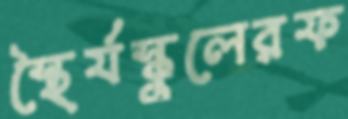
স্থৈর্যস্কুলেরফ